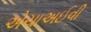
એચાઅઈવી